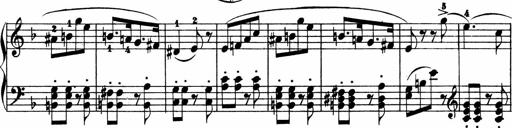
Title: 2 instructive Sonatinen
Composer: Paul Schumacher